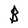
Character: B